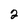
Character: 2